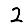
Digit: 2